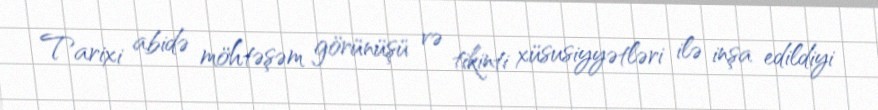
Tarixi abidə möhtəşəm görünüşü və tikinti xüsusiyyətləri ilə inşa edildiyi